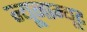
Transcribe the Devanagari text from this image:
न्यूनाम्यूट